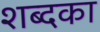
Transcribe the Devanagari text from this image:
शब्दका